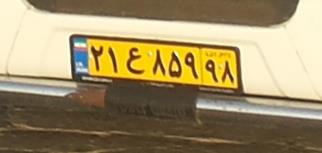
۲۱ع۸۵۹۹۸